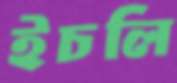
ইচলি